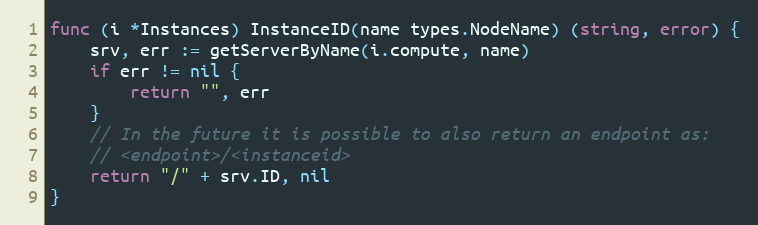
Language: Go
func (i *Instances) InstanceID(name types.NodeName) (string, error) {
	srv, err := getServerByName(i.compute, name)
	if err != nil {
		return "", err
	}
	// In the future it is possible to also return an endpoint as:
	// <endpoint>/<instanceid>
	return "/" + srv.ID, nil
}